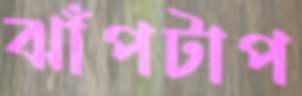
ঝাঁপটাপ